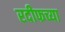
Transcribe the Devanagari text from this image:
रदीफच्या